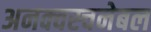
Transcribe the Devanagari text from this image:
अनक्वस्चनेबल